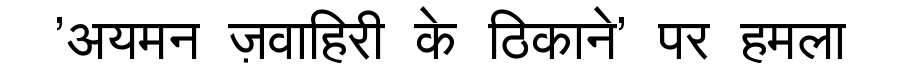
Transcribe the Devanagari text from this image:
'अयमन ज़वाहिरी के ठिकाने' पर हमला